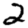
Digit: 2